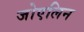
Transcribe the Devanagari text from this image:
जोएलिन